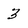
Character: 3